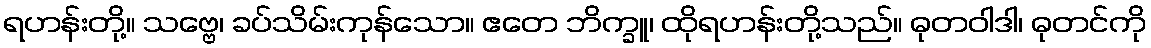
ရဟန်းတို့။ သဗ္ဗေ၊ ခပ်သိမ်းကုန်သော။ ဧတေ ဘိက္ခူ၊ ထိုရဟန်းတို့သည်။ ဓုတဝါဒါ၊ ဓုတင်ကို